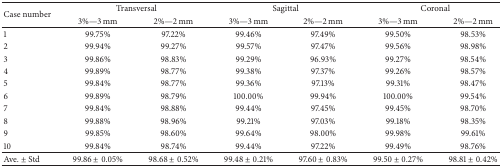
<table><thead><tr><td rowspan="2"><b>Case number</b></td><td colspan="2"><b>Transversal </b></td><td colspan="2"><b>Sagittal</b></td><td colspan="2"><b>Coronal </b></td></tr><tr><td><b>3%—3 mm</b></td><td><b>2%—2 mm</b></td><td><b>3%—3 mm</b></td><td><b>2%—2 mm</b></td><td><b>3%—3 mm</b></td><td><b>2%—2 mm</b></td></tr></thead><tbody><tr><td>1</td><td>99.75%</td><td>97.22%</td><td>99.46%</td><td>97.49%</td><td>99.50%</td><td>98.53%</td></tr><tr><td>2</td><td>99.94%</td><td>99.27%</td><td>99.57%</td><td>97.47%</td><td>99.56%</td><td>98.98%</td></tr><tr><td>3</td><td>99.86%</td><td>98.83%</td><td>99.29%</td><td>96.93%</td><td>99.27%</td><td>98.54%</td></tr><tr><td>4</td><td>99.89%</td><td>98.77%</td><td>99.38%</td><td>97.37%</td><td>99.26%</td><td>98.57%</td></tr><tr><td>5</td><td>99.84%</td><td>98.77%</td><td>99.36%</td><td>97.13%</td><td>99.31%</td><td>98.47%</td></tr><tr><td>6</td><td>99.89%</td><td>98.79%</td><td>100.00%</td><td>99.94%</td><td>100.00%</td><td>99.54%</td></tr><tr><td>7</td><td>99.84%</td><td>98.88%</td><td>99.44%</td><td>97.45%</td><td>99.45%</td><td>98.70%</td></tr><tr><td>8</td><td>99.88%</td><td>98.96%</td><td>99.21%</td><td>97.03%</td><td>99.18%</td><td>98.35%</td></tr><tr><td>9</td><td>99.85%</td><td>98.60%</td><td>99.64%</td><td>98.00%</td><td>99.98%</td><td>99.61%</td></tr><tr><td>10</td><td>99.84%</td><td>98.74%</td><td>99.44%</td><td>97.22%</td><td>99.49%</td><td>98.76%</td></tr><tr><td>Ave. ± Std</td><td>99.86 ± 0.05%</td><td>98.68 ± 0.52%</td><td>99.48 ± 0.21%</td><td>97.60 ± 0.83%</td><td>99.50 ± 0.27%</td><td>98.81 ± 0.42%</td></tr></tbody></table>